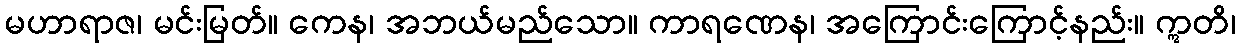
မဟာရာဇ၊ မင်းမြတ်။ ကေန၊ အဘယ်မည်သော။ ကာရဏေန၊ အကြောင်းကြောင့်နည်း။ ဣတိ၊